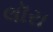
લૉરા